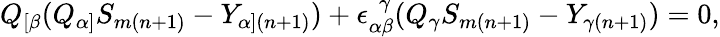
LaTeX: Q_{[\beta}(Q_{\alpha]}S_{m(n+1)}-Y_{\alpha](n+1)})+\epsilon_{\alpha\beta}^{~~~\! \gamma}(Q_{\gamma}S_{m(n+1)}-Y_{\gamma(n+1)})=0,